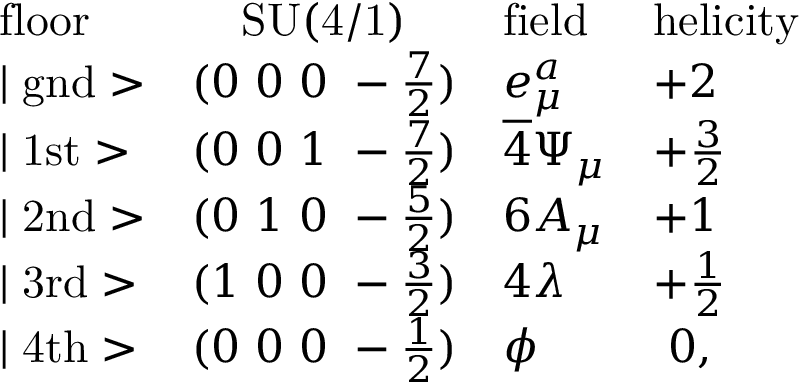
\begin{array} { l c l l } { { \mathrm { f l o o r } } } & { { \mathrm { S U ( 4 / 1 ) } } } & { { \mathrm { f i e l d } } } & { { \mathrm { h e l i c i t y } } } \\ { { \mid \mathrm { g n d } > } } & { { ( 0 ~ 0 ~ 0 ~ - \frac { 7 } { 2 } ) } } & { { e _ { \mu } ^ { a } } } & { { + 2 } } \\ { { \mid \mathrm { 1 s t } > } } & { { ( 0 ~ 0 ~ 1 ~ - \frac { 7 } { 2 } ) } } & { { \overline { { 4 } } \Psi _ { \mu } } } & { { + \frac { 3 } { 2 } } } \\ { { \mid \mathrm { 2 n d } > } } & { { ( 0 ~ 1 ~ 0 ~ - \frac { 5 } { 2 } ) } } & { { 6 A _ { \mu } } } & { { + 1 } } \\ { { \mid \mathrm { 3 r d } > } } & { { ( 1 ~ 0 ~ 0 ~ - \frac { 3 } { 2 } ) } } & { { 4 \lambda } } & { { + \frac { 1 } { 2 } } } \\ { { \mid \mathrm { 4 t h } > } } & { { ( 0 ~ 0 ~ 0 ~ - \frac { 1 } { 2 } ) } } & { { \phi } } & { { ~ 0 , } } \end{array}